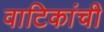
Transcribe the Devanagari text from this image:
वाटिकांची